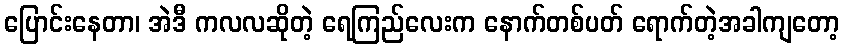
ပြောင်းနေတာ၊ အဲဒီ ကလလဆိုတဲ့ ရေကြည်လေးက နောက်တစ်ပတ် ရောက်တဲ့အခါကျတော့